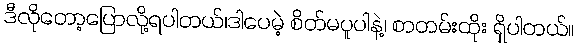
ဒီလိုတော့ပြောလို့ရပါတယ်၊ဒါပေမဲ့ စိတ်မပူပါနဲ့၊ စာတမ်းထိုး ရှိပါတယ်။